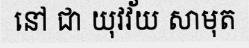
នៅ ជា យុវវ័យ សាមុត